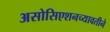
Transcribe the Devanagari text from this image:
असोसिएशनच्यावतीने